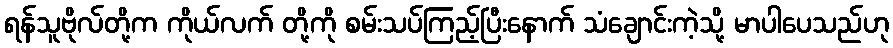
ရန်သူဗိုလ်တို့က ကိုယ်လက် တို့ကို စမ်းသပ်ကြည့်ပြီးနောက် သံချောင်းကဲ့သို့ မာပါပေသည်ဟု